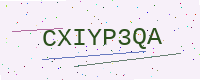
Text: CXIYP3QA